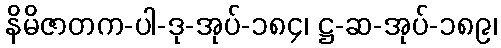
နိမိဇာတက-ပါ-ဒု-အုပ်-၁၈၄၊ ဋ္ဌ-ဆ-အုပ်-၁၈၉၊